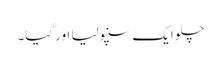
چلو ایک سنپولیا اور گیا۔